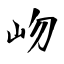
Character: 岉